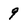
Character: 9